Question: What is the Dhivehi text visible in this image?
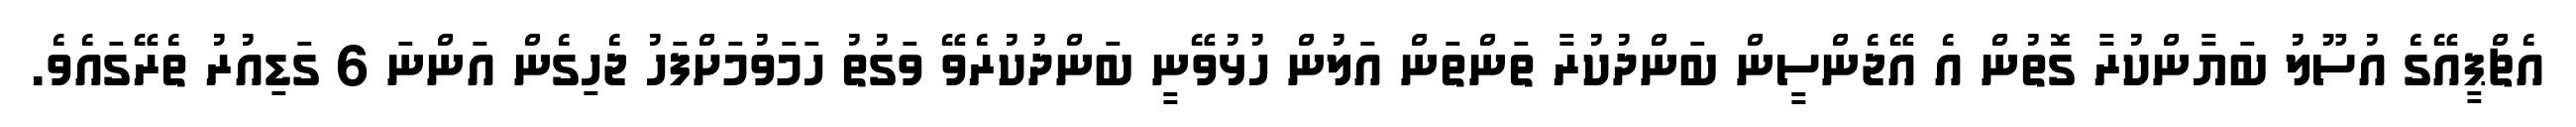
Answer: އެޗްޕީއޭގެ އުސޫލު ބަޔާންކުރާ ގޮތުން އެ އޭޖެންސީން ބަންދުކުރާ ތަންތަން އަލުން ހުޅުވޭނީ ބަންދުކުރެވޭ ވަގުތު ހަމަވުމަށްފަހު ޖެހިގެން އަންނަ 6 ގަޑިއުރު ތެރޭގައެވެ.